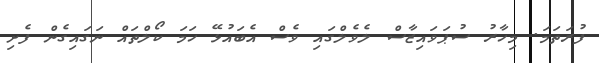
ފުރަތަމަ. މިހާރު ސުޕަވައިޒާސް ލެވެލްގައި ވެސް އެބައުޅޭ ހަމަ ކޯލްތައް ނަގައިގެން ފެށި